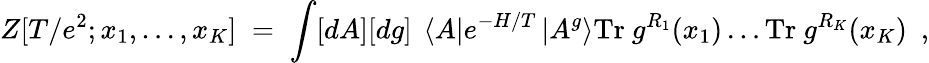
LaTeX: Z[T/e^{2};x_{1},\ldots,x_{K}]\; =\; \int[dA][dg]~\left<A\right|e^{-H/T}\left|A^{g}\right>\mathrm{Tr}~g^{R_{1}}(x_{1})\ldots\mathrm{Tr}~g^{R_{K}}(x_{K})~~,